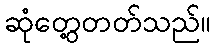
ဆုံတွေ့တတ်သည်။